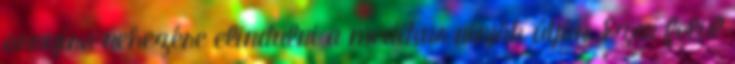
annyira nehezére elindulni a medikus ninják útján. Ezen felül